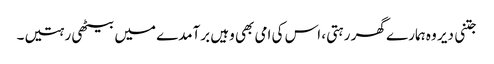
جتنی دیر وہ ہمارے گھر رہتی، اس کی امی بھی وہیں برآمدے میں بیٹھی رہتیں۔